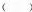
()